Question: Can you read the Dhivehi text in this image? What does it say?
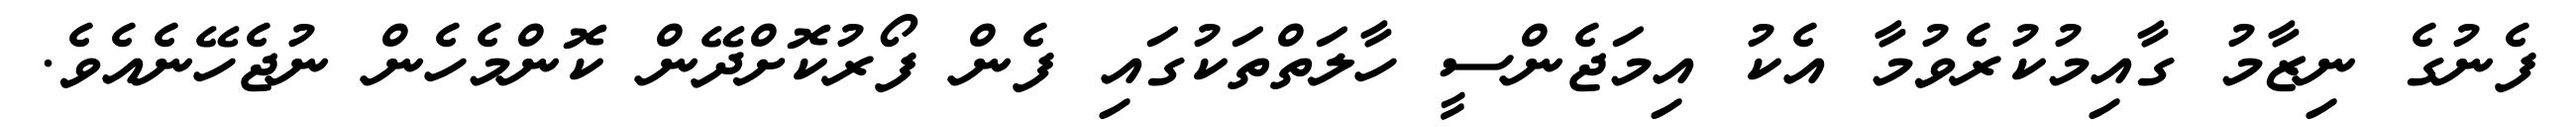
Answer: ފެނުގެ ނިޒާމު ގާއިމުކުރެވުމާ އެކު އިމަޖެންސީ ހާލަތްތަކުގައި ފެން ފޯރުކޮށްދޭން ކޮންމެހެން ނުޖެހޭނެއެވެ.